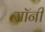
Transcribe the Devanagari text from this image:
सॉनी